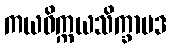
ကယဝိက္ကယသိက္ခာပဒ